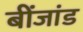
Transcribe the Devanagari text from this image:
बींजांड